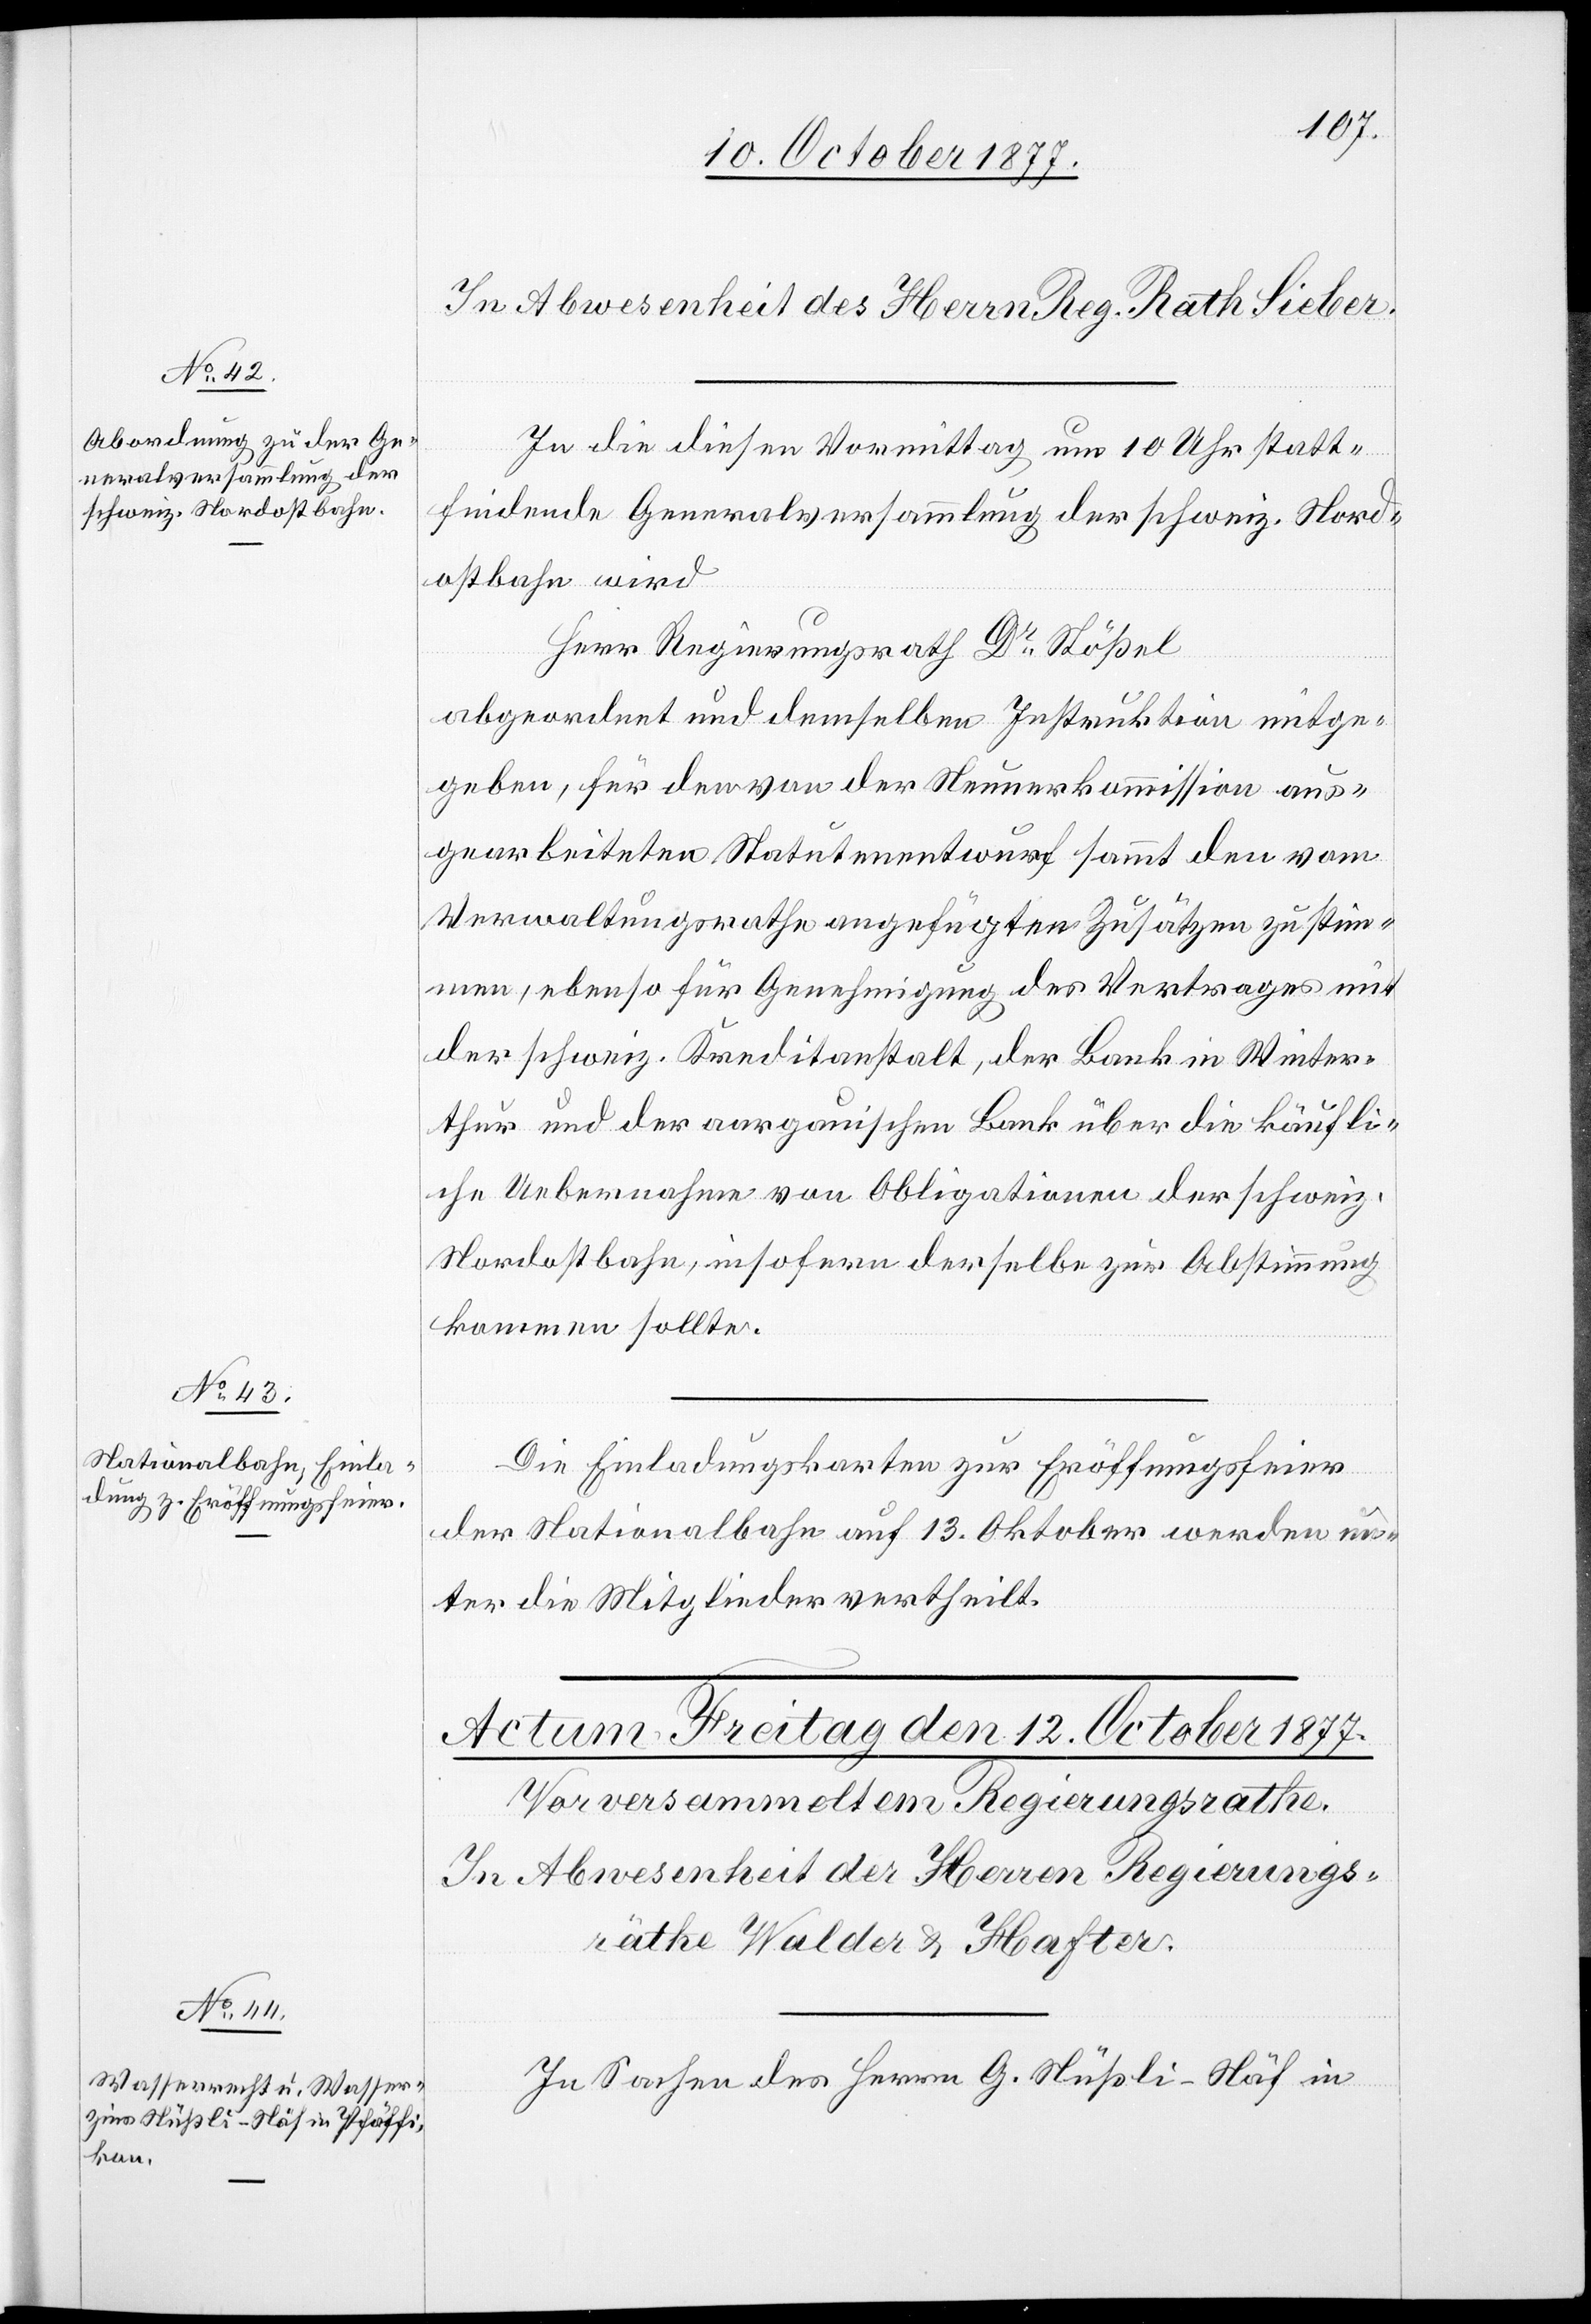
In die diesen Vormittag um 10 Uhr statt¬
findende Generalversammlung der schweiz. Nord¬
ostbahn wird
Herr Regierungsrath Dr Stößel
abgeordnet und demselben Instruktion mitge¬
geben, für den von der Neunerkommission aus¬
gearbeiteten Statutenentwurf sammt den vom
Verwaltungsrathe angefügten Zusätzen zu stim¬
men, ebenso für Genehmigung des Vertrages mit
der schweiz. Kreditanstalt, der Bank in Winter¬
thur und der aargauischen Bank über die käufli¬
che Uebernahme von Obligationen der schweiz.
Nordostbahn, insofern derselbe zur Abstimmung
kommen sollte.
Die Einladungskarten zur Eröffnungsfeier
der Nationalbahn auf 13. Oktober werden un¬
ter die Mitglieder vertheilt.
In Sachen des Herrn G. Nüßli-Näf in